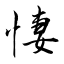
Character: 悽